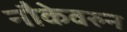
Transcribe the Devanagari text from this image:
नौकेवरुन